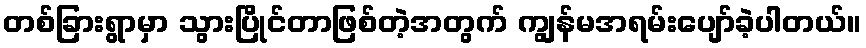
တစ်ခြားရွာမှာ သွားပြိုင်တာဖြစ်တဲ့အတွက် ကျွန်မအရမ်းပျော်ခဲ့ပါတယ်။